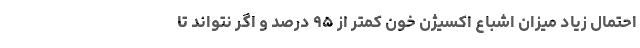
احتمال زیاد میزان اشباع اکسیژن خون کمتر از ۹۵ درصد و اگر نتواند تا